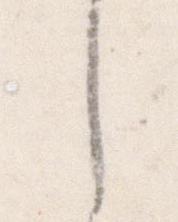
し